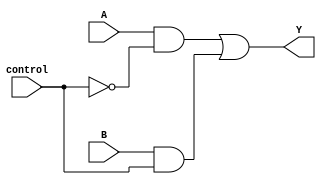
module xor_gate_using_transmission_gates (
    input A,
    input B,
    input control,
    output Y
);

assign Y = ((A & ~control) | (B & control));

endmodule